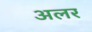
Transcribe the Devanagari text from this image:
अलर